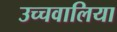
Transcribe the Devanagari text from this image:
उच्चवालिया